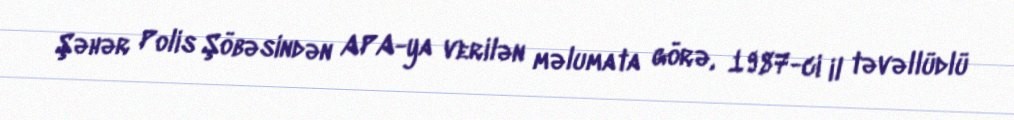
Şəhər Polis Şöbəsindən APA-ya verilən məlumata görə, 1987-ci il təvəllüdlü